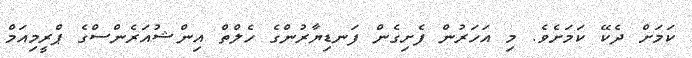
ކަމަށް ދެކޭ ކަމަށެވެ. މި އަހަރުން ފެށިގެން ފަނޑިޔާރުންގެ ހެލްތް އިންޝުއަރެންސްގެ ޕްރީމިއަމް